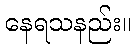
နေရသနည်း။